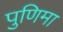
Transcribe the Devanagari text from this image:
पुणिमा